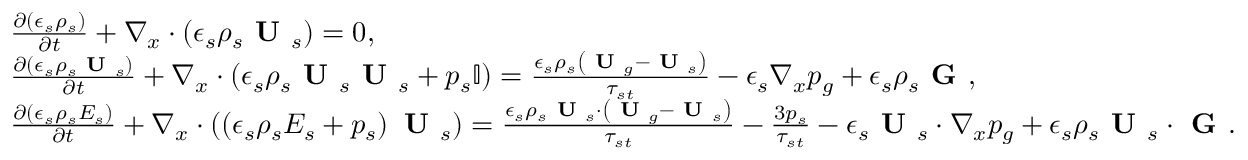
\begin{array} { r l } & { \frac { \partial \left( \epsilon _ { s } \rho _ { s } \right) } { \partial t } + \nabla _ { x } \cdot \left( \epsilon _ { s } \rho _ { s } \textbf { U } _ { s } \right) = 0 , } \\ & { \frac { \partial \left( \epsilon _ { s } \rho _ { s } \textbf { U } _ { s } \right) } { \partial t } + \nabla _ { x } \cdot \left( \epsilon _ { s } \rho _ { s } \textbf { U } _ { s } \textbf { U } _ { s } + p _ { s } \mathbb { I } \right) = \frac { \epsilon _ { s } \rho _ { s } \left( \textbf { U } _ { g } - \textbf { U } _ { s } \right) } { \tau _ { s t } } - \epsilon _ { s } \nabla _ { x } p _ { g } + \epsilon _ { s } \rho _ { s } \textbf { G } , } \\ & { \frac { \partial \left( \epsilon _ { s } \rho _ { s } E _ { s } \right) } { \partial t } + \nabla _ { x } \cdot \left( \left( \epsilon _ { s } \rho _ { s } E _ { s } + p _ { s } \right) \textbf { U } _ { s } \right) = \frac { \epsilon _ { s } \rho _ { s } \textbf { U } _ { s } \cdot \left( \textbf { U } _ { g } - \textbf { U } _ { s } \right) } { \tau _ { s t } } - \frac { 3 p _ { s } } { \tau _ { s t } } - \epsilon _ { s } \textbf { U } _ { s } \cdot \nabla _ { x } p _ { g } + \epsilon _ { s } \rho _ { s } \textbf { U } _ { s } \cdot \textbf { G } . } \end{array}